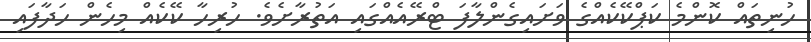
ހުނިތައް ކޮންމެ ކަޕްކޭކެއްގެ ވަށައިގެންލާފަ ޓްރޭއެއްގައި އަތުރާށެވެ. ހުރިހާ ކޭކެއް މިހެން ހަދާފައި